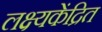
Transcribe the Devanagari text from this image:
लक्ष्यकेंद्रित